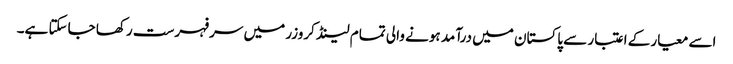
اسے معیار کے اعتبار سے پاکستان میں درآمد ہونے والی تمام لینڈ کروزر میں سرفہرست رکھا جاسکتا ہے۔